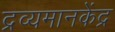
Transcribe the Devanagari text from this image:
द्रव्यमानकेंद्र